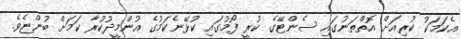
އެކަމަކު ކުރިއަށް އޮތްތަނުގައި ސެންޓޭގެ ކުރީ ފޯމުގައި ކުޅޭނެކަމުގެ އުންމީދުކުރާ ކަމަށް ބުންޏެވެ.